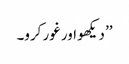
’’ دیکھو اور غور کرو۔